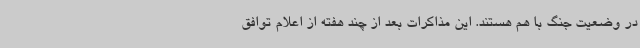
در وضعیت جنگ با هم هستند. این مذاکرات بعد از چند هفته از اعلام توافق